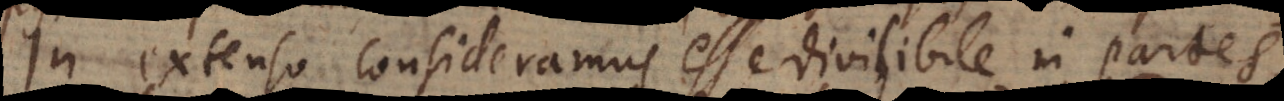
In extenso consideramus esse divisibile in partes,